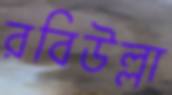
রবিউল্লা